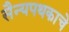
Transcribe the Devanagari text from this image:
सैन्यपथकाचे